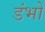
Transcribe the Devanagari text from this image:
डंभों